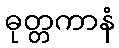
ဓုတ္တကာနံ